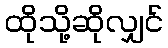
ထိုသို့ဆိုလျှင်